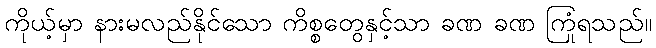
ကိုယ့်မှာ နားမလည်နိုင်သော ကိစ္စတွေနှင့်သာ ခဏ ခဏ ကြုံရသည်။